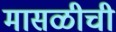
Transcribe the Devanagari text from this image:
मासळीची